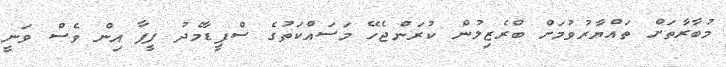
މުބާރާތަށް ތައްޔާރުވުމަށް ބްރެޒިލުން ކުރަންޖެހޭ މަސައްކަތުގެ ސްޕީޑާމެދު ފީފާ އިން ވެސް ވަނީ